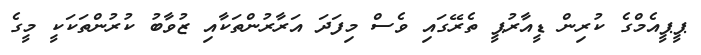
ޕީޕީއެމްގެ ކުރިން ޑީއާރުޕީ ތެރޭގައި ވެސް މިފަދަ އަރާރުންތަކާއި ޒުވާބު ކުރުންތަކަކީ މީގެ